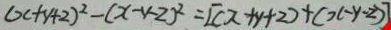
( x + y + 2 ) ^ { 2 } - ( x - y - 2 ) ^ { 2 } = [ ( x + y + 2 ) + ( x - y - 2 ) ]